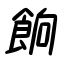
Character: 餉